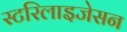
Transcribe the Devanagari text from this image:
स्टरिलाइजेसन